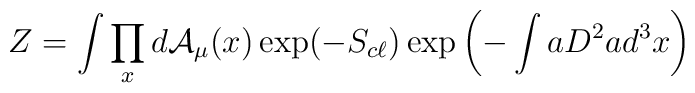
Z = \int \prod_x d {\cal A}_\mu (x) \exp (- S_{c\ell}) \exp \left(-\int aD^2a d^3x\right)